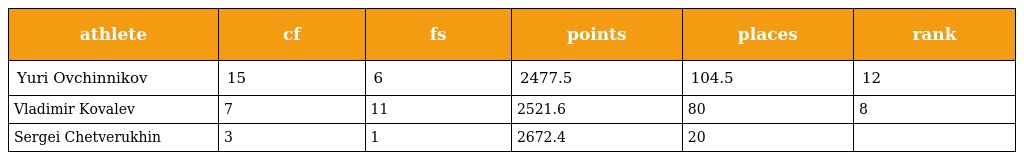
| athlete | cf | fs | points | places | rank |
 | --- | --- | --- | --- | --- | --- |
 | Yuri Ovchinnikov | 15 | 6 | 2477.5 | 104.5 | 12 |
 | Vladimir Kovalev | 7 | 11 | 2521.6 | 80 | 8 |
 | Sergei Chetverukhin | 3 | 1 | 2672.4 | 20 |  |